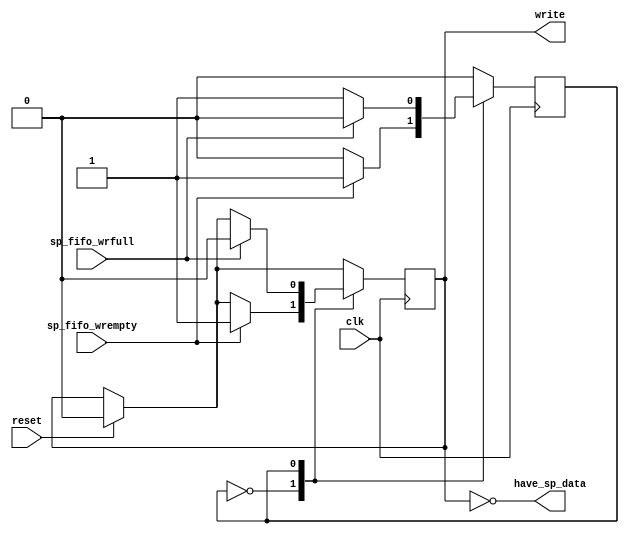
//
//  HPSDR - High Performance Software Defined Radio
//
//  Metis code. 
//
//  This program is free software; you can redistribute it and/or modify
//  it under the terms of the GNU General Public License as published by
//  the Free Software Foundation; either version 2 of the License, or
//  (at your option) any later version.
//
//  This program is distributed in the hope that it will be useful,
//  but WITHOUT ANY WARRANTY; without even the implied warranty of
//  MERCHANTABILITY or FITNESS FOR A PARTICULAR PURPOSE.  See the
//  GNU General Public License for more details.
//
//  You should have received a copy of the GNU General Public License
//  along with this program; if not, write to the Free Software
//  Foundation, Inc., 59 Temple Place, Suite 330, Boston, MA  02111-1307  USA


//  SP_fifo receive control  - Copyright 2009, 2010, 2011, 2012  Phil Harman VK6APH

/*
	The SP_fifo is filled with 16k consecutive samples from the ADC. The code loops
	until the fifo is empty then fills again.	
*/




module sp_rcv_ctrl (clk, reset, sp_fifo_wrempty, sp_fifo_wrfull, write, have_sp_data );

input wire clk;
input wire sp_fifo_wrempty;
input wire sp_fifo_wrfull;
input wire reset;

output wire write;
output wire have_sp_data;

reg state;
reg wrenable;

always @(posedge clk)
begin
  if (reset) begin 
    wrenable <= 1'b0;
  end 
 
// load SP_fifo with 16k raw 16 bit ADC samples every time it is empty    
case(state)
0: begin 
	if (sp_fifo_wrempty) begin  		// enable write to SP_fifo
		wrenable <= 1'b1;
		state <= 1'b1;
	end 
   end 
   
1: begin 
	if (sp_fifo_wrfull) begin			// disable write to SP_fifo
	   wrenable <= 1'b0;
	   state <= 1'b0;
	end
   end 
default: state <= 1'b0;
endcase
end

assign write = wrenable;   
assign have_sp_data = !wrenable;	 	// indicate data is availble to be read


endmodule